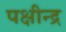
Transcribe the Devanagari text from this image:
पक्षीन्द्र